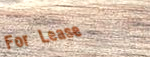
For Lease